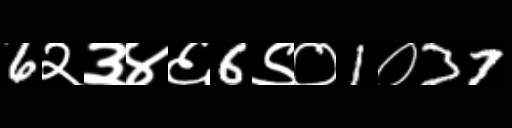
Text: 6२३४६6९०1०37